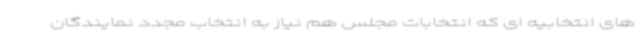
های انتخابیه ای که انتخابات مجلس هم نیاز به انتخاب مجدد نمایندگان